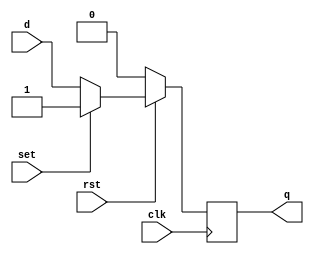
/*****************************************
    D Flip-Flop Positive edge triggred
    Synchronous Reset - Active Low
    Synchronous Set - Active High
*****************************************/

module dff_Pe_SLr_SHs (q,d,clk,rst,set);
input d,clk,rst,set;
output reg q;

always @(posedge clk) begin
    if(!rst)
        q<=1'b0;
    else if(set)
        q<=1'b1;
    else    
        q<=d;
end


endmodule